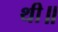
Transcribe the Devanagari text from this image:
थी॥